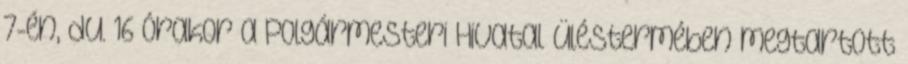
7-én, du. 16 órakor a Polgármesteri Hivatal üléstermében megtartott